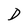
Character: D